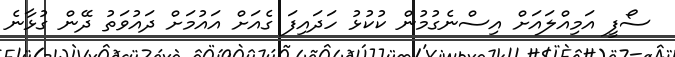
ސޯފީ އަމިއްލައަށް އިސްނެގުމުން ކުކުޅު ހަދައިފަ ގެއަށް އައުމަށް ދައުވަތު ދޭން ގުޅާނެ